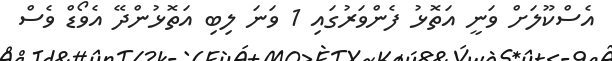
އެސްކޫލަށް ވަނީ އަތޮޅު ފެންވަރުގައި 1 ވަނަ ލިބި އަތޮޅުންދޭ އެވޯޑް ވެސް